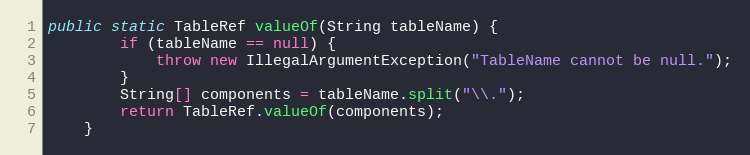
Language: Java
public static TableRef valueOf(String tableName) {
        if (tableName == null) {
            throw new IllegalArgumentException("TableName cannot be null.");
        }
        String[] components = tableName.split("\\.");
        return TableRef.valueOf(components);
    }